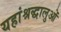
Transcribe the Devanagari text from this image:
यहांश्रद्धालुओं